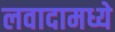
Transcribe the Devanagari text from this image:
लवादामध्ये